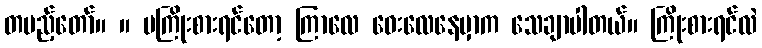
တပည့်တော်။ ။ မကြိုးစားရင်တော့ ကြာလေ ဝေးလေနေမှာက သေချာပါတယ်။ ကြိုးစားရင်လဲ